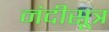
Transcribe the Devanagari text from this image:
नंदीसूत्र